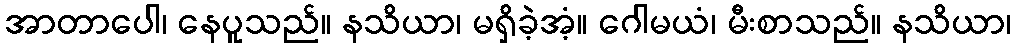
အာတာပေါ၊ နေပူသည်။ နသိယာ၊ မရှိခဲ့အံ့။ ဂေါမယံ၊ မီးစာသည်။ နသိယာ၊